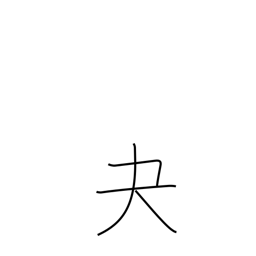
Meaning: archery glove